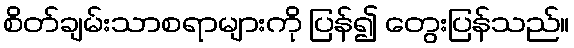
စိတ်ချမ်းသာစရာများကို ပြန်၍ တွေးပြန်သည်။